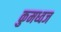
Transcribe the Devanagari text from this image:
कुमध्वज